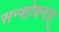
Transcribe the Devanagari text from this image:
सन्शोधनात्